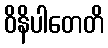
ဝိနိပါတေတိ